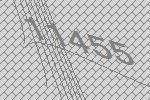
11455